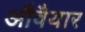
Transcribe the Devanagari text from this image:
औवैयार